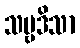
သဗ္ဗဒိသာ